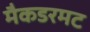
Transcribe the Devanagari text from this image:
मैकडरमट